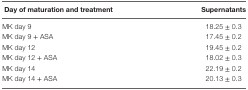
| Day of maturation and treatment | Supernatants |
 | --- | --- |
 | MK day 9 | 18.25 ± 0.3 |
 | MK day 9 + ASA | 17.45 ± 0.2 |
 | MK day 12 | 19.45 ± 0.2 |
 | MK day 12 + ASA | 18.02 ± 0.3 |
 | MK day 14 | 22.19 ± 0.2 |
 | MK day 14 + ASA | 20.13 ± 0.3 |